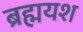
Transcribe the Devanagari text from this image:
ब्रह्मयश